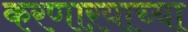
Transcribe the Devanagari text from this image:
करणाऱयाच्या